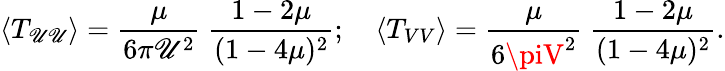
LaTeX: \left<T_{\mathscr{U}\mathscr{U}}\right>={\frac{{\mu}}{{6\pi\mathscr{U}^{2}}}}\ {\frac{{1-2\mu}}{{(1-4\mu)^{2}}}};\quad\left<T_{VV}\right>={\frac{{\mu}}{{6\piV^{2}}}}\ {\frac{{1-2\mu}}{{(1-4\mu)^{2}}}}.